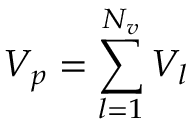
V _ { p } = \sum _ { l = 1 } ^ { N _ { v } } V _ { l }